画像に写った文字を読んでください
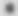
「･」と書いてあります